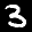
Label: 3